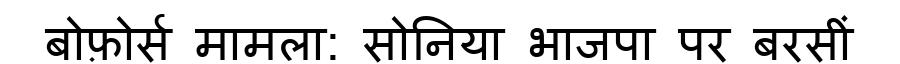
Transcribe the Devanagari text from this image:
बोफ़ोर्स मामला: सोनिया भाजपा पर बरसीं